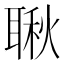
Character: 䎿